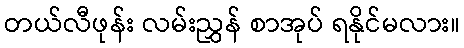
တယ်လီဖုန်း လမ်းညွှန် စာအုပ် ရနိုင်မလား။